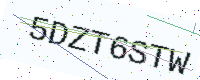
Text: 5DZT6STW